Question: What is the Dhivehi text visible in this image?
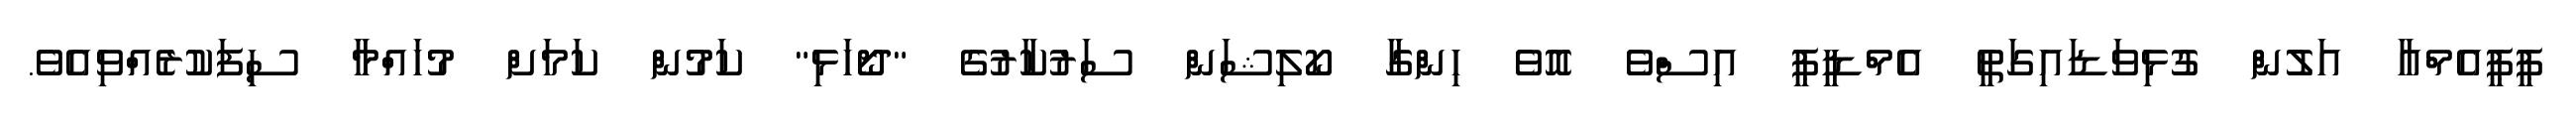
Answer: ޕީޕީއެމްއާ އަލުން ގުޅިވަޑައިގަތީ އެމްޑީޕީ އިސްވެ އޮވެ ހިންގާ ކޯލިޝަން ސަރުކާރުގެ "ދޯހަޅި" ކަމުން ކަމަށް މުހައްމާ ސިފަކުރެއްވިއެވެ.